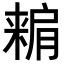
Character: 𣘾